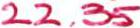
22.35